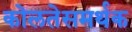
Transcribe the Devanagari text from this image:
कोलतेसमर्थक